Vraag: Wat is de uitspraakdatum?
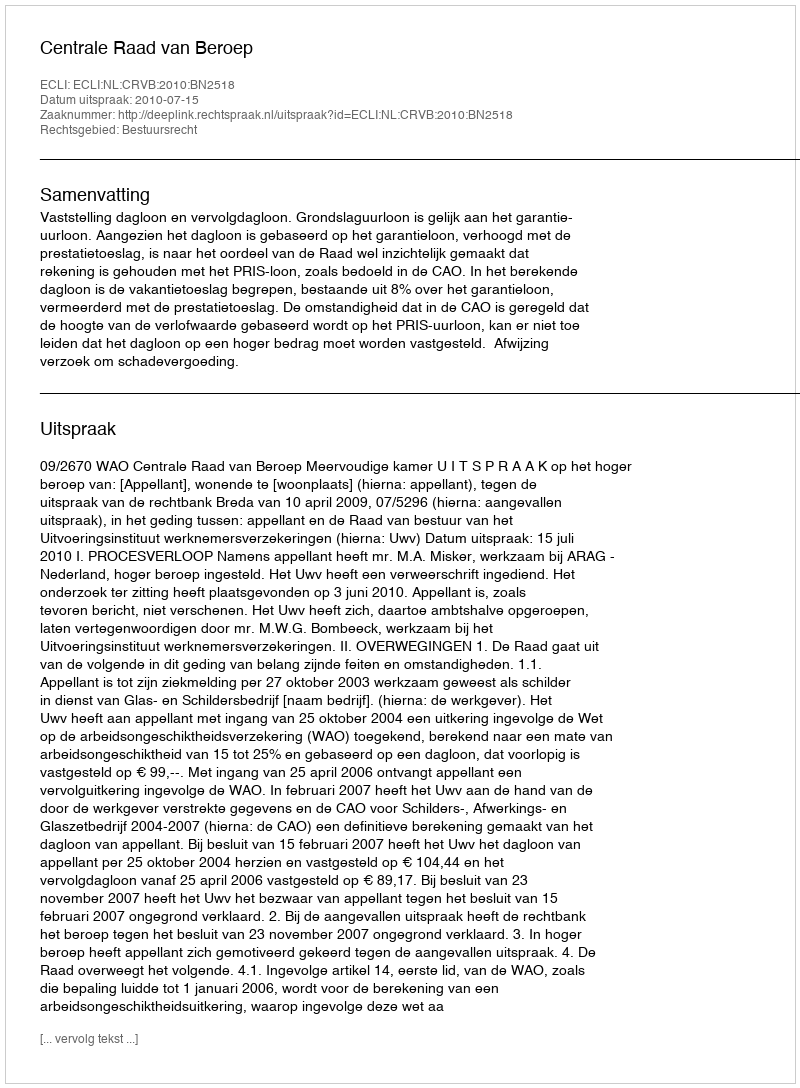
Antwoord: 2010-07-15